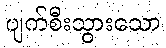
ပျက်စီးသွားသော